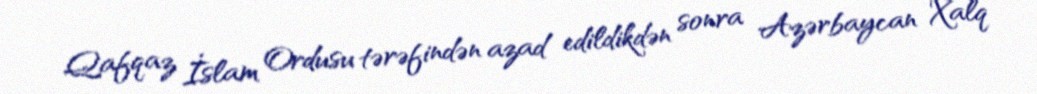
Qafqaz İslam Ordusu tərəfindən azad edildikdən sonra Azərbaycan Xalq